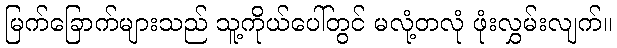
မြက်ခြောက်များသည် သူ့ကိုယ်ပေါ်တွင် မလုံ့တလုံ ဖုံးလွှမ်းလျက်။